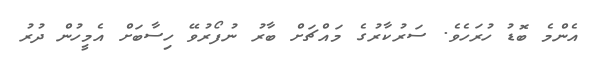
އެންމެ ބޮޑު ހުރަހެވެ. ސަރުކާރުގެ މައްޗަށް ބާރު ނުފޯރުވޭ ހިސާބަށް އެމީހުން ދުރު